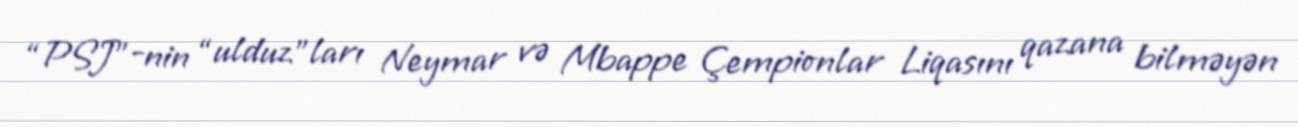
“PSJ”-nin “ulduz”ları Neymar və Mbappe Çempionlar Liqasını qazana bilməyən